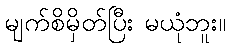
မျက်စိမှိတ်ပြီး မယုံဘူး။